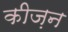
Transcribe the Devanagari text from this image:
कीज़न